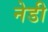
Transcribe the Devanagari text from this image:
नेडी